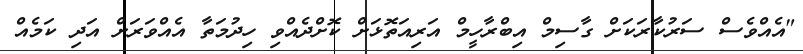
"އެއްވެސް ސަރުކާރަކަށް ގާސިމް އިބްރާހީމް އަރިއަތޮޅަށް ކޮށްދެއްވި ހިދުމަތާ އެއްވަރަށް އަދި ކަމެއް